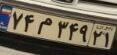
۷۴م۳۴۹۲۱